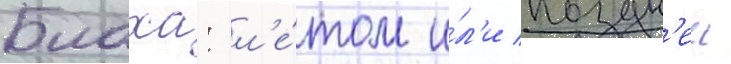
Блаха: л'е́том и́л'и поздн'еи